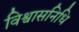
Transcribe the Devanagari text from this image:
विश्वासनिधि